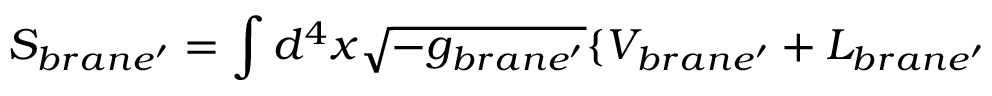
S _ { b r a n e ^ { \prime } } = \int d ^ { 4 } x \sqrt { - g _ { b r a n e ^ { \prime } } } \{ V _ { b r a n e ^ { \prime } } + { \cal L } _ { b r a n e ^ { \prime } }